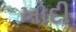
ખોદી